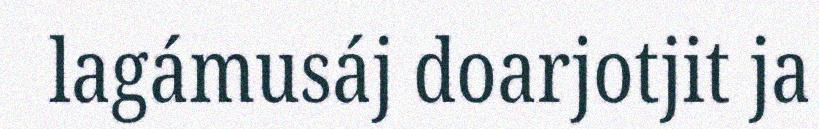
lagámusáj doarjotjit ja